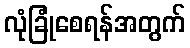
လုံခြုံစေရန်အတွက်